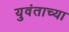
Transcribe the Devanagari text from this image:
युवंताच्या